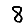
Digit: 8